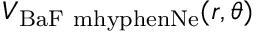
V _ { \mathrm { B a F \ m h y p h e n N e } } ( r , \theta )